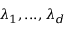
\lambda _ { 1 } , . . . , \lambda _ { d }